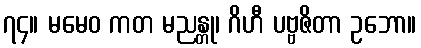
၇၄။ မမေဝ ကတ မညန္တု၊ ဂိဟီ ပဗ္ဗဇိတာ ဥဘော။